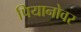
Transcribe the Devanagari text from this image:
पियानोवर